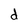
Character: d